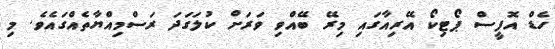
ހެޑް އޮފީސް ޕޯޓިކޯ އޭރިއާގައި މިރޭ ބޭއްވި ވަރަށް ކުލަގަދަ ރަސްމިއްޔާތެއްގައެވެ. މި